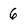
Character: 6